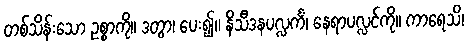
တစ်သိန်းသော ဥစ္စာကို။ ဒတွာ၊ ပေး၍။ နိသီဒနပလ္လင်္ကံ၊ နေရာပလ္လင်ကို။ ကာရေသိ၊